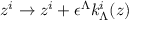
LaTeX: z ^ { i } \to z ^ { i } + \epsilon ^ { \Lambda } k _ { \Lambda } ^ { i } ( z )